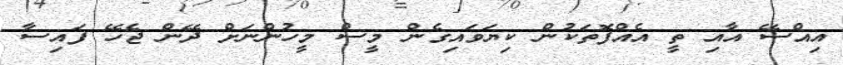
އިއްސޭ އާއި ތީ އެއްފޮތަކުން ކިޔަވައިގެން މީސް މީހުންނަށް ދޭން ޖެހޭ ފައިސާ